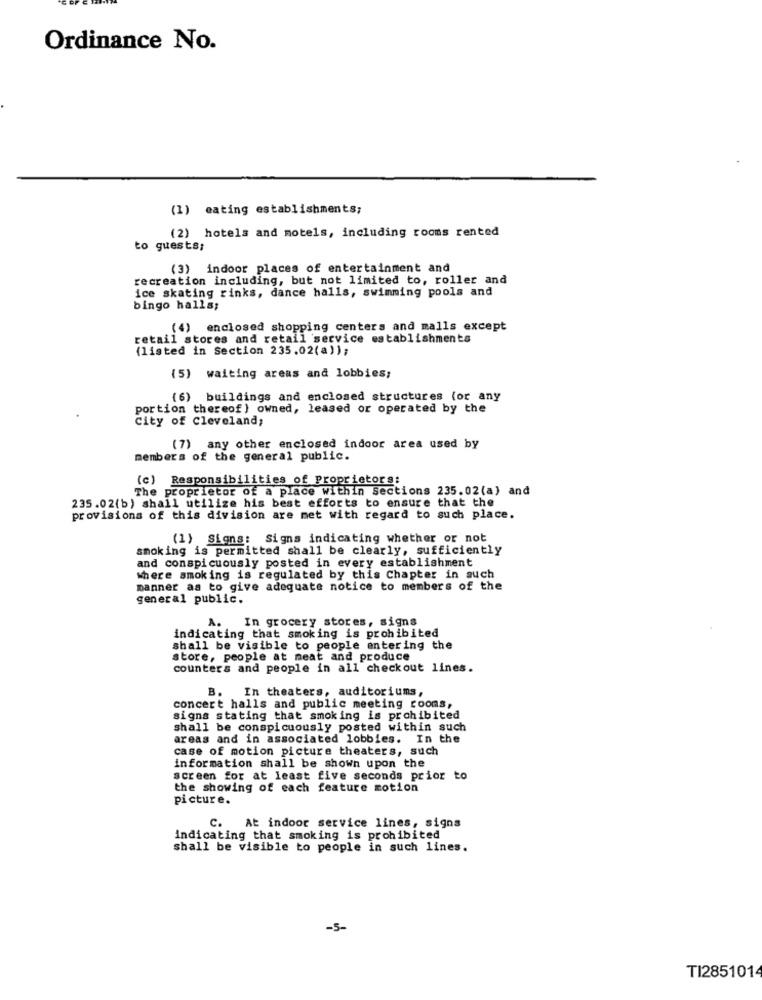
Ordinance No.
(1) eating establishments;
(2) hotels and motels, including rooms rented
to guests;
(3) indoor places of entertainment and
recreation including, but not limited to, roller and
ice skating rinks, dance halls, swimming pools and
bingo halls;
(4) enclosed shopping centers and malls except
retail stores and retail service establishments
(listed in Section 235.02(a));
(5) waiting areas and lobbies;
(6) buildings and enclosed structures (or any
portion thereof } owned, leased or operated by the
City of Cleveland;
(7) any other enclosed indoor area used by
members of the general public.
(c) Responsibilities of proprietors:
The proprietor of a place within sections 235.02(a) and
235.02(b) shall utilize his best efforts to ensure that the
provisions of this division are met with regard to such place.
(1) Signs: Signs indicating whether or not
smoking is permitted shall be clearly, sufficiently
and conspicuously posted in every establishment
where smoking is regulated by this Chapter in such
manner as to give adequate notice to members of the
general public.
In grocery stores, signs
indicating that smoking is prohibited
shall be visible to people entering the
store, people at meat and produce
counters and people in all checkout lines.
B. In theaters, auditoriums,
concert halls and public meeting rooms,
signs stating that smoking is prohibited
shall be conspicuously posted within such
areas and in associated lobbies. In the
case of motion picture theaters, such
information shall be shown upon the
screen for at least five seconds prior to
the showing of each feature motion
picture.
C. At indoor service lines, signs
indicating that smoking is prohibited
shall be visible to people in such lines.
-5-
TI2851014